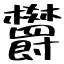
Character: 欝